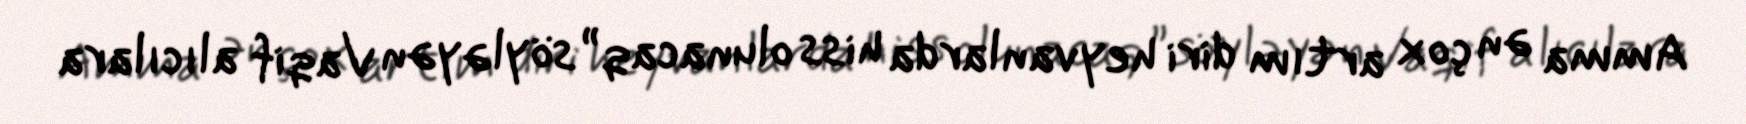
Amma ən çox artım diri heyvanlarda hiss olunacaq” söyləyən Vaqif alıcılara